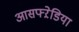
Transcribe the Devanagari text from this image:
आसफ्ऱेडिया